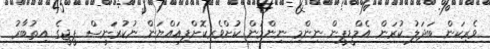
ވެރިކަން ބަދަލު ކުރަން އެމްޑީޕީން ނިންމި ނިންމުން ކުށްވެރިކޮށްފިއައްޔަން ނުކުރަނީސް ޕީޖީގެ އިތުބާރު